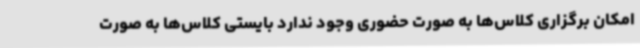
امکان برگزاری کلاس‌ها به صورت حضوری وجود ندارد بایستی کلاس‌ها به صورت